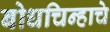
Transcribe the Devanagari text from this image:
बोधचिन्हाचे